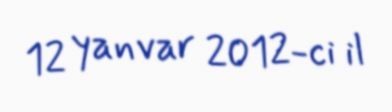
12 yanvar 2012-ci il